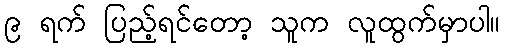
၉ ရက် ပြည့်ရင်တော့ သူက လူထွက်မှာပါ။